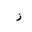
Letter: _zay